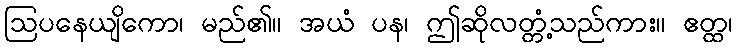
ဩပနေယျိကော၊ မည်၏။ အယံ ပန၊ ဤဆိုလတ္တံ့သည်ကား။ ဧတ္ထ၊